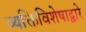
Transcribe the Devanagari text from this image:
व्यक्तिविशेषाद्वारे